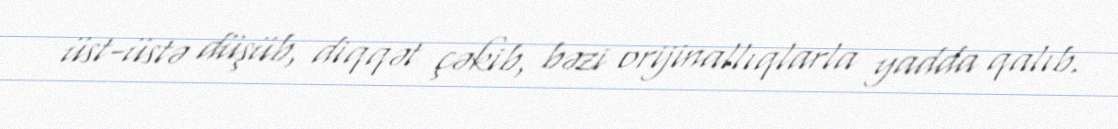
üst-üstə düşüb, diqqət çəkib, bəzi orijinallıqlarla yadda qalıb.